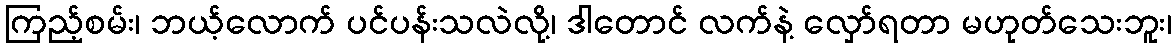
ကြည့်စမ်း၊ ဘယ့်လောက် ပင်ပန်းသလဲလို့၊ ဒါတောင် လက်နဲ့ လှော်ရတာ မဟုတ်သေးဘူး၊